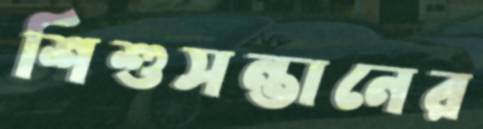
শিশুসন্তানের